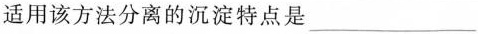
适用该方法分离的沉淀特点是___